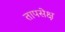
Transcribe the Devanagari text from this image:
तापसेक्ष